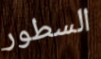
السطور